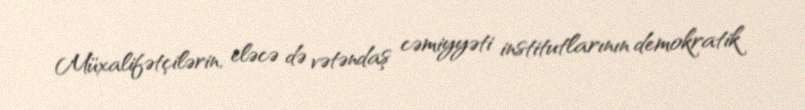
Müxalifətçilərin, eləcə də vətəndaş cəmiyyəti institutlarının demokratik